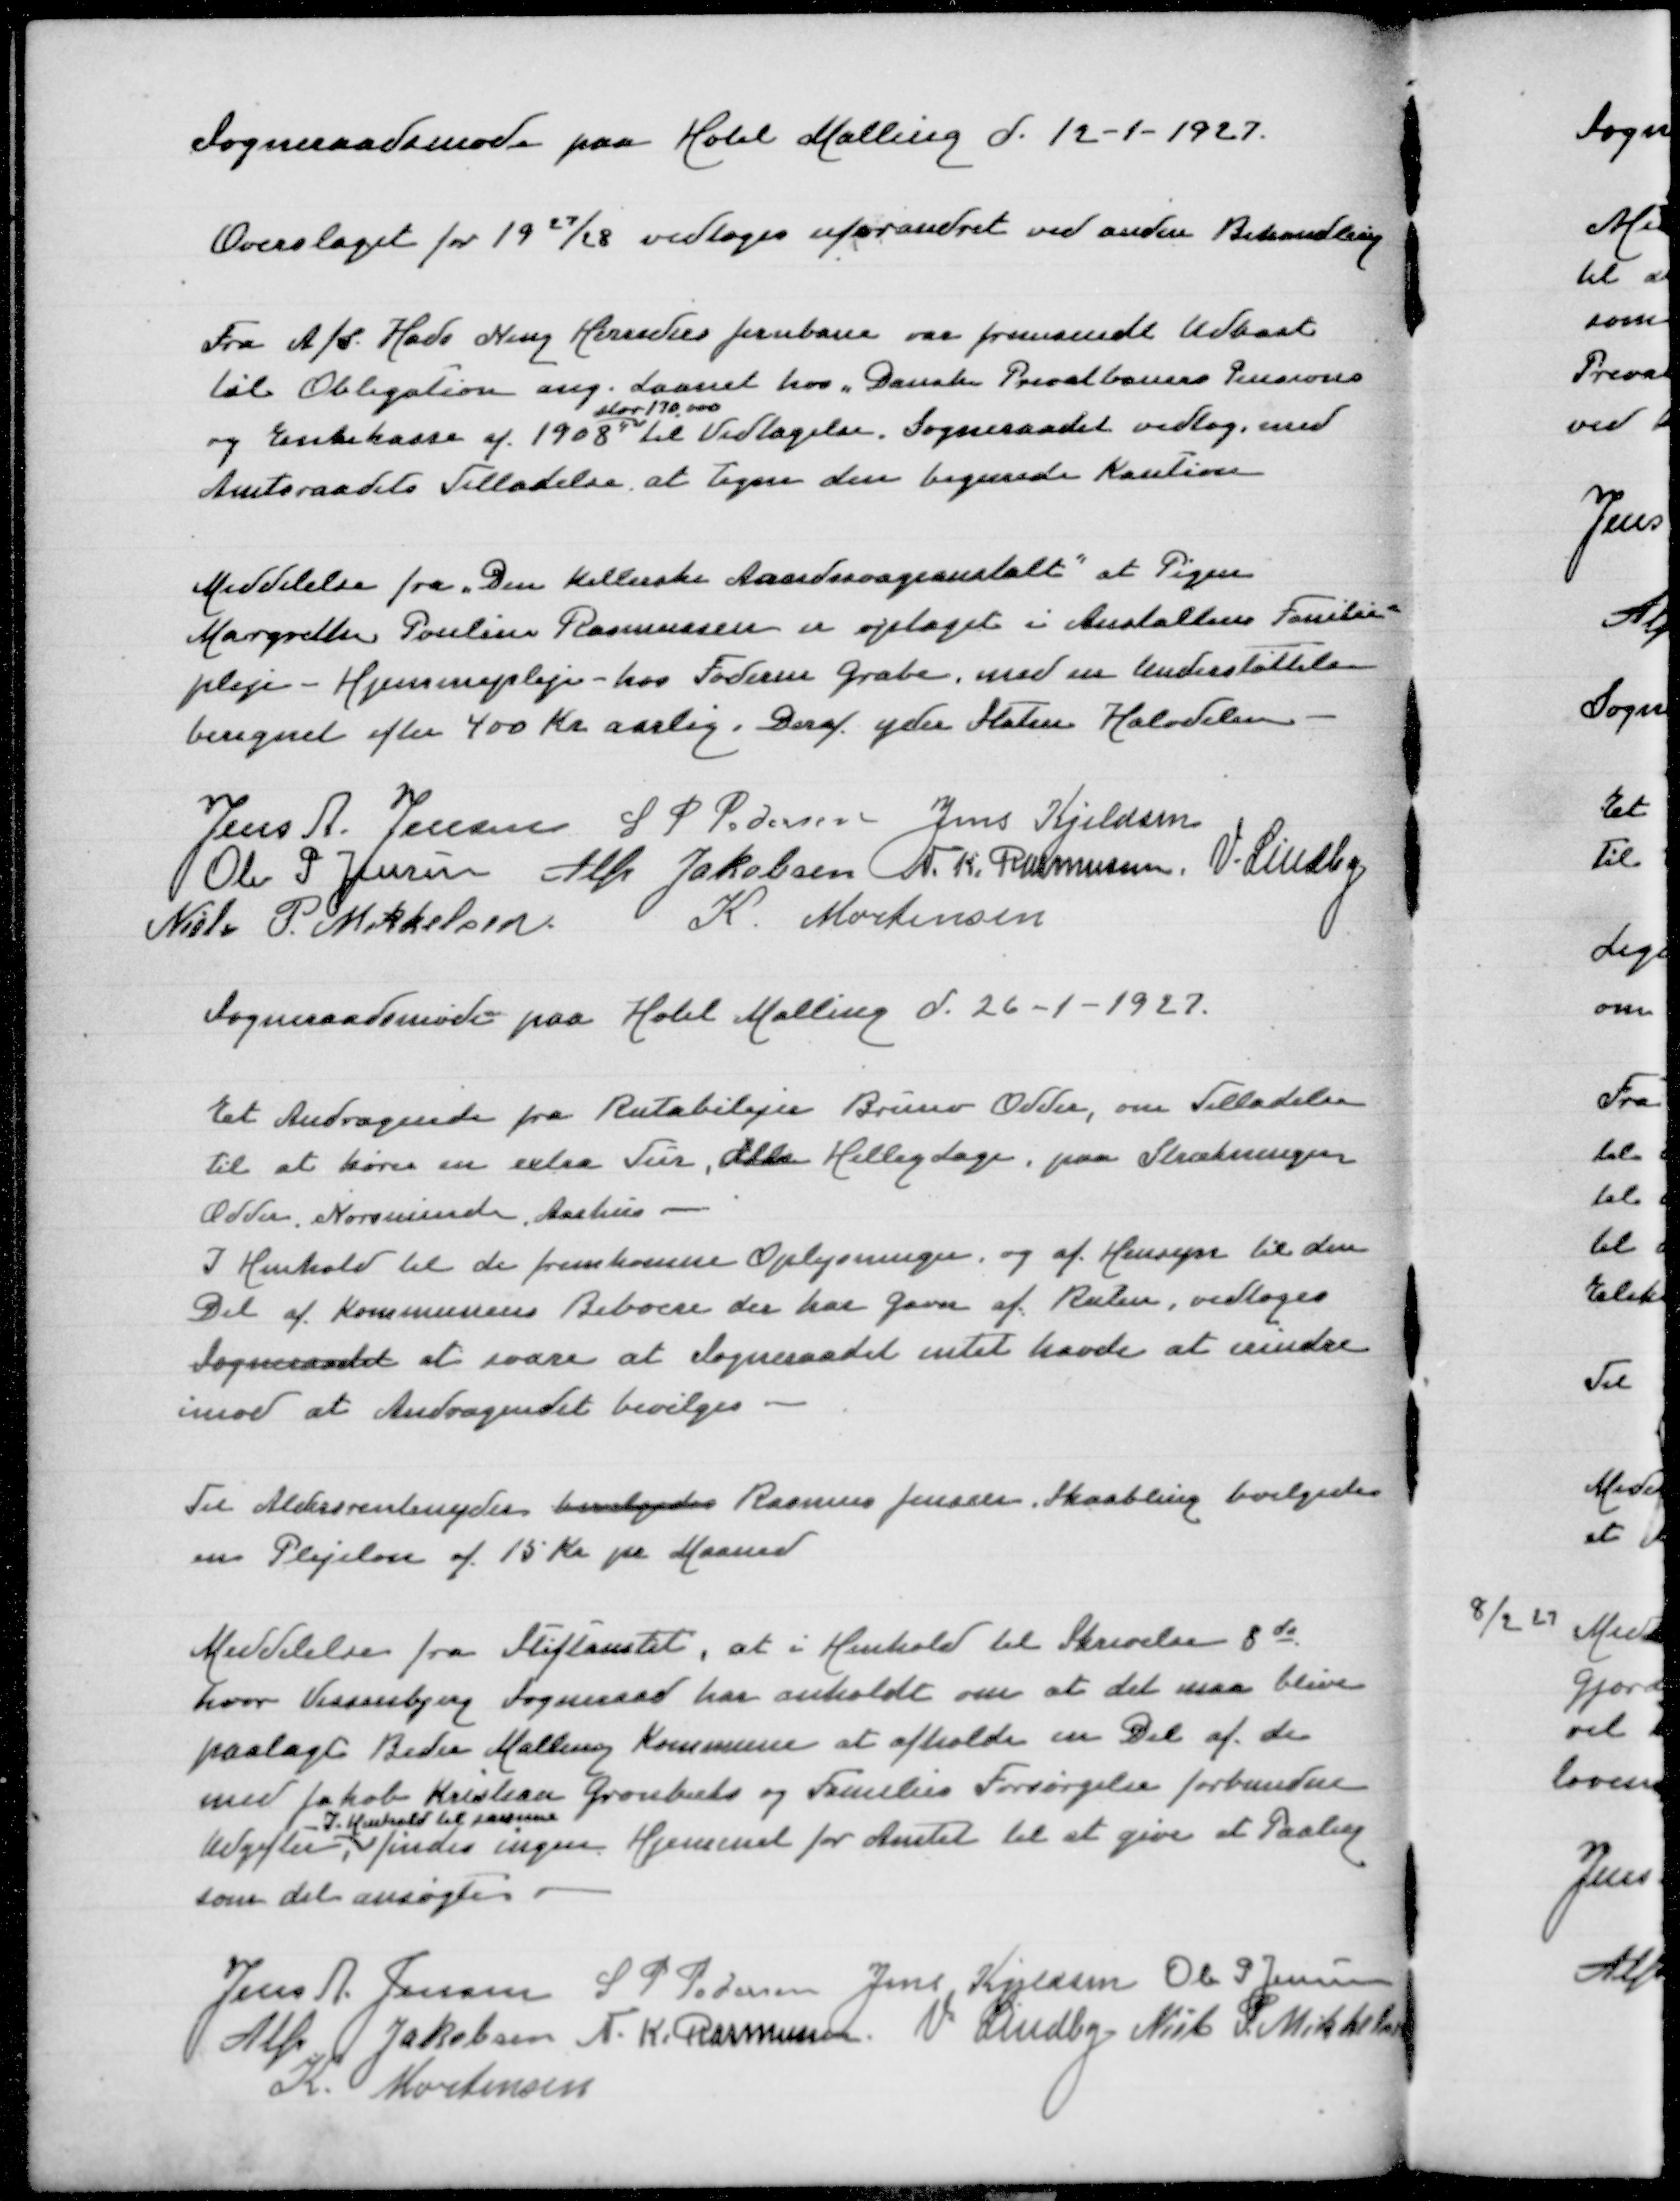
Transskription:
Sogneraadsmøde paa Hotel Malling d 19-1-1927

Overslaget for 1927/28 vedtoges uforandret ved anden Behandling

Fra A/S Hads Ning Herreders Jernbane var fremsendt Udkast
til Obligation ang. Laanet hos "Danske Privatbaners Pensions
stor 170000
og Enkekasse af 1908 til Vedtagelse. Sogneraadet vedtog, med
Amtsraadets Tilladelse at tegne den begærede Kaution

Meddelelse fra "Den Kellerske Aandsvageanstalt" at pigen
Margrethe Pouline Rasmussen er optaget i Anstaltens Familie=
pleje - Hjemmepleje - hos Foderm Grabe, med en understøttelse
beregnet efter 400 Kr aarlig, Deraf yder Staten Halvdelen

Jens A Jensen
S P Pedersen
Jens Kjeldsen
Ole P Jensen
Alfr Jakobsen
N K Rasmussen
V Lindby
Niels P Mikkelsen
K Mortensen

Sogneraadsmøde paa Hotel Malling d 26-1-1927

Et Andragende fra Rutebilejer Bruno Odder, om Tilladelse
til at køre en extra Tur, alle Helligdage, paa Strækningen
Odder, Norsminde, Aarhus
I Henhold til de fremkomne Oplysninger, og af Hensyn til den
Del af Kommunens Beboere der har Gavn af Ruten, vedtoges
Sogneraadet at svare at Sogneraadet intet havde at erindre
imod at Andragendet bevilges

Til Aldersrentenyder bevilgedes Rasmus Jensen, Skaabling bevilgedes
en Plejeløn af 15 Kr pr Maaned

Meddelelse fra Stiftamtet, at i Henhold til Skrivelse 8 ds
hvor Vissenbjerg Sogneraad har anholdt om at der maa blive
paalagt Beder Malling Kommune at afholde en del af de
med Jakob Kristian Grønbæks og Familie Families Forsørgelse forbundne
I Henhold til samme
Udgifter, findes ingen Hjemmel for Amtet til at gøre et Paalæg
som det ansøgte

Jens A Jensen
S P Pedersen
Jens Kjeldsen
Ole P Jensen
Alfr Jakobsen
N K Rasmussen
V Lindby
Niels P Mikkelsen
K Mortensen